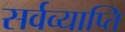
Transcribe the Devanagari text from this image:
सर्वव्याप्ति